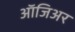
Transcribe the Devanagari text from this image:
ऑजिअर